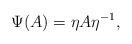
LaTeX: \begin{align*}\Psi(A)=\eta A\eta^{-1}, \end{align*}